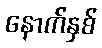
နောက်နှစ်